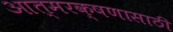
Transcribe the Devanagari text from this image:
आत्मरक्षणासाठी